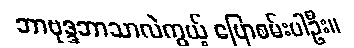
ဘာဗုဒ္ဒဘာသာလဲကွယ့် ပြောစမ်းပါဦး။